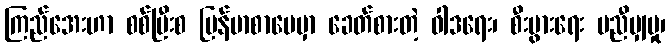
ကြည်အေးဟာ စစ်ပြီးစ မြန်မာစာပေမှာ ခေတ်စားတဲ့ ဝါဒရေး၊ စီးပွားရေး မညီမျှမှု၊